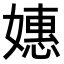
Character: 𫱮